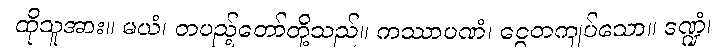
ထိုသူအား။ မယံ၊ တပည့်တော်တို့သည်။ ကဿာပဏံ၊ ငွေတကျပ်သော။ ဒဏ္ဍံ၊